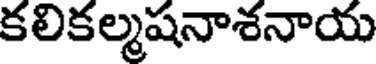
కలికల్మషనాశనాయ